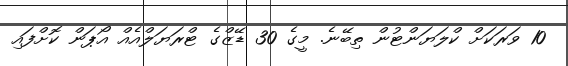
10 ވަރަކަށް ކްލަޔަންޓުން ތިބޭނެ. މީގެ 30 ޑޭޒްގެ ޓްރަޔަލްއެއް އޯޕަން ކޮށްފައި